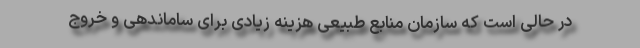
در حالی است که سازمان منابع طبیعی هزینه زیادی برای ساماندهی و خروج